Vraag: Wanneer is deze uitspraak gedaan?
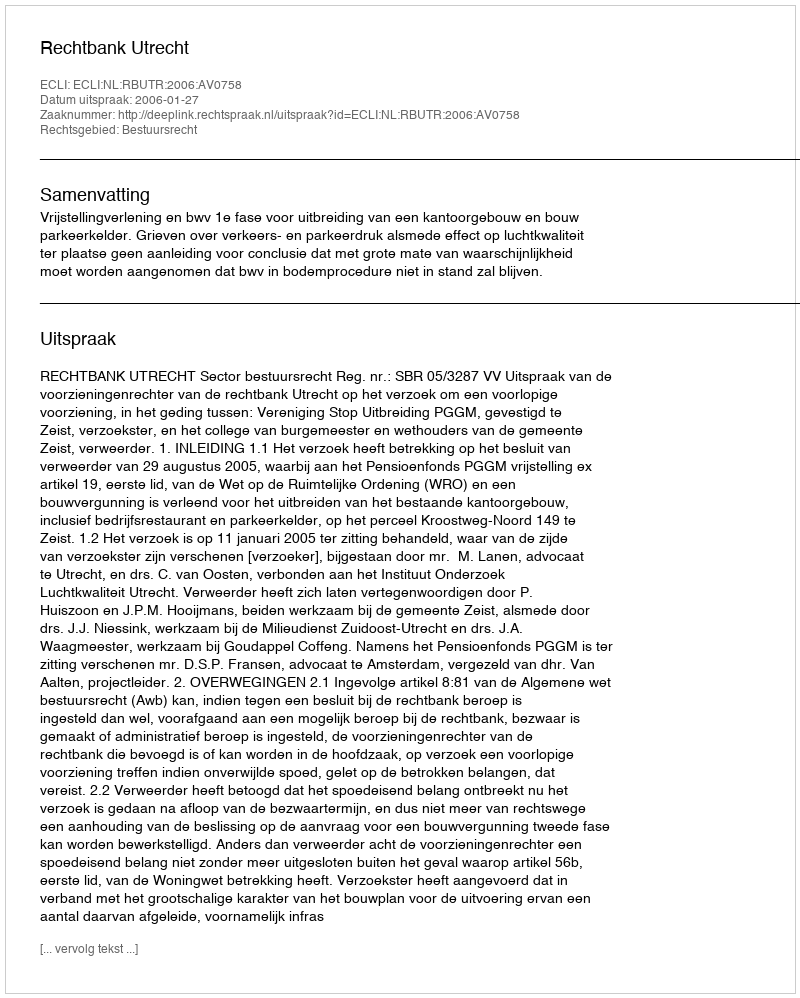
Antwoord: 2006-01-27